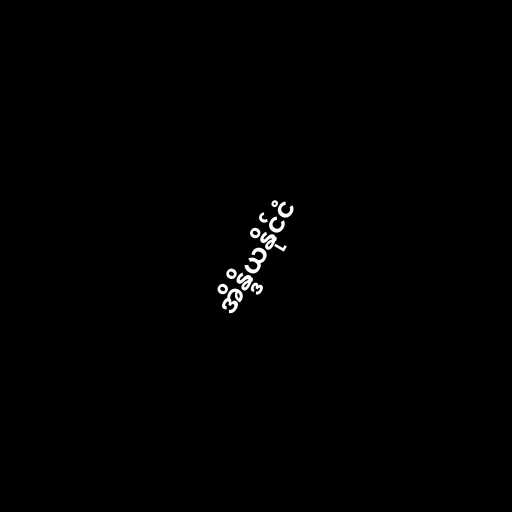
အိန္ဒိယနိုင်ငံ